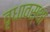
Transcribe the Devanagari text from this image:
वृधावस्था